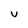
Character: u